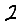
Digit: 2